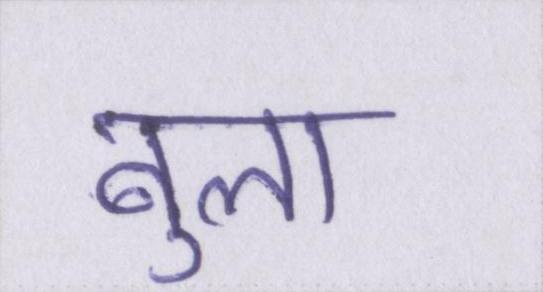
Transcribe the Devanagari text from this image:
बुला